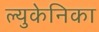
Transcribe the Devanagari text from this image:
ल्युकेनिका